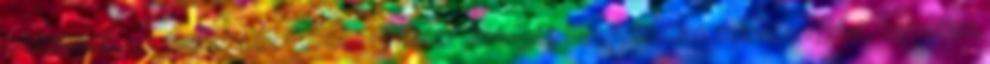
maffiózók, az éjszaka csábosan romlott pillangói. Hamisítatlan noir-hangulat, egyetlen